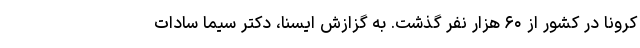
کرونا در کشور از ۶۰ هزار نفر گذشت. به گزازش ایسنا، دکتر سیما سادات